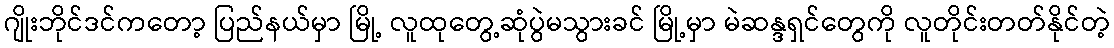
ဂျိုးဘိုင်ဒင်ကတော့ ပြည်နယ်မှာ မြို့ လူထုတွေ့ဆုံပွဲမသွားခင် မြို့မှာ မဲဆန္ဒရှင်တွေကို လူတိုင်းတတ်နိုင်တဲ့